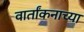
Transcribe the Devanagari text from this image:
वार्तांकनाच्या